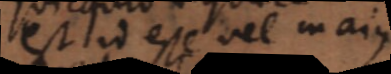
est id esse vel majus